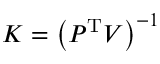
\b { K } = \left( \b { P } ^ { \mathrm { T } } \b { V } \right) ^ { - 1 }